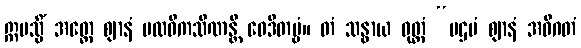
ဣမသ္မိံ အတ္ထေ ဈာနံ ပထဝီကသိဏန္တိ ဝေဒိတဗ္ဗံ။ တံ သန္ဓာယ ဝုတ္တံ “ပဌမံ ဈာနံ အဓိဂတံ